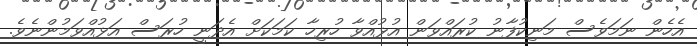
އެހެން ނަމަވެސް މަނިކުފާނު ކުރައްވަން އުޅުއްވާ ހުރިހާ ކަމަކަށް އެދަނީ ހުރަސް އަޅުއްވަމުންނެވެ.